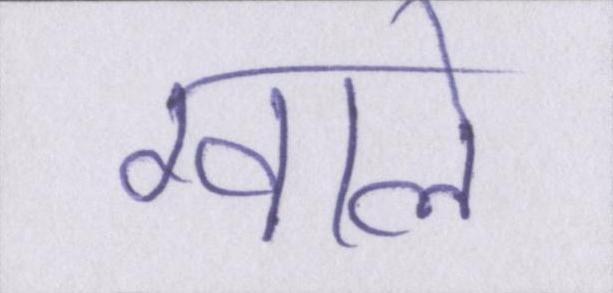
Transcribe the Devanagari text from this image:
ग्वाले